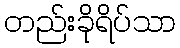
တည်းခိုရိပ်သာ